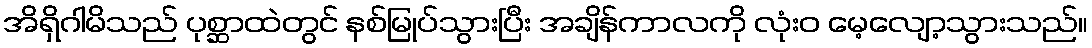
အိရှိဂါမိသည် ပုစ္ဆာထဲတွင် နစ်မြုပ်သွားပြီး အချိန်ကာလကို လုံးဝ မေ့လျော့သွားသည်။